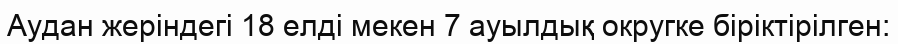
Аудан жеріндегі 18 елді мекен 7 ауылдық округке біріктірілген: